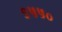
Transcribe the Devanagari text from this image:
९५५०